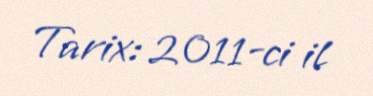
Tarix: 2011-ci il